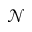
{ \mathcal N }